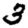
Digit: 3